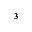
^ 3